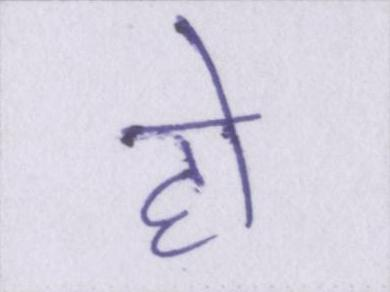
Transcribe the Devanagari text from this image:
हो